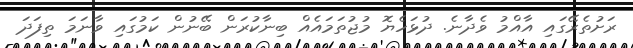
ރަށުތެރޭގައި އާއްމު ވެދާނެ. ދުޅަހެޔޮ މުޖުތަމައެއް ބިނާކުރަން ބޭނުން ކަމުގައި ވާނަމަ ތިފަދަ